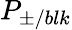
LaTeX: P_{\pm/blk}